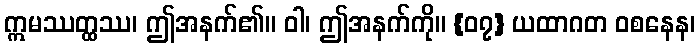
ဣမဿတ္ထဿ၊ ဤအနက်၏။ ဝါ၊ ဤအနက်ကို။ {၀၇} ယထာဂတ ဝစနေန၊